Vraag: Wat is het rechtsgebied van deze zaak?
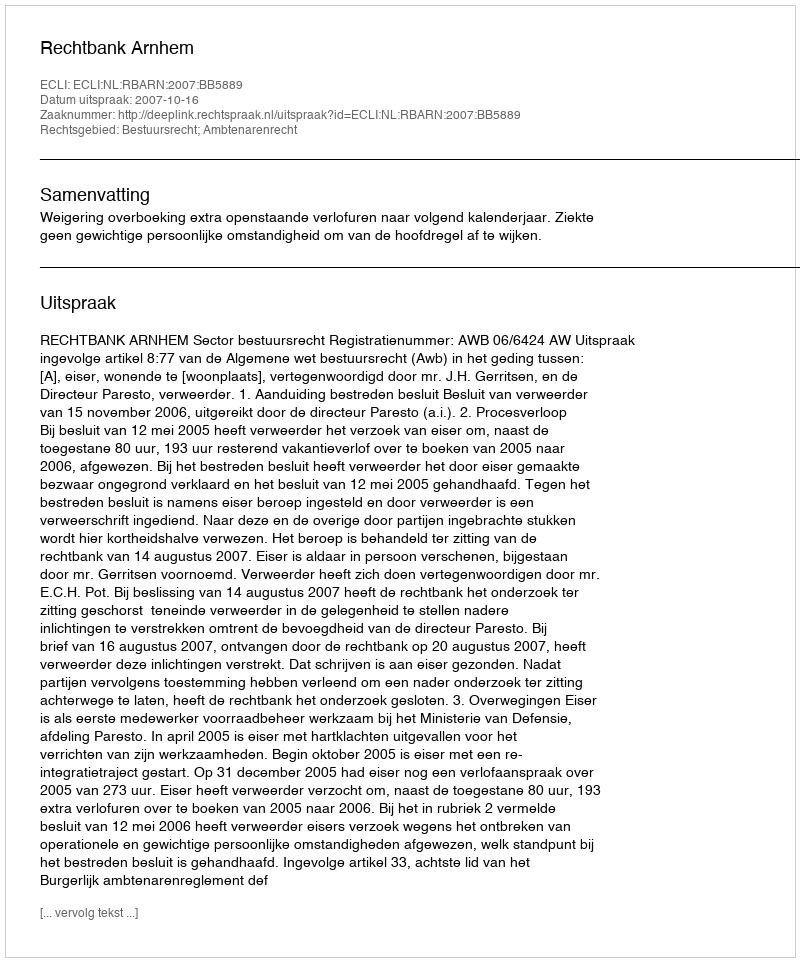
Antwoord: Bestuursrecht; Ambtenarenrecht